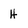
Character: H